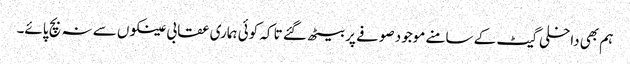
ہم بھی داخلی گیٹ کے سامنے موجود صوفے پر بیٹھ گئے تا کہ کوئی ہماری عقابی عینکوں سے نہ بچ پائے۔